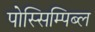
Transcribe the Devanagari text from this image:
पोस्सिम्पिब्ल